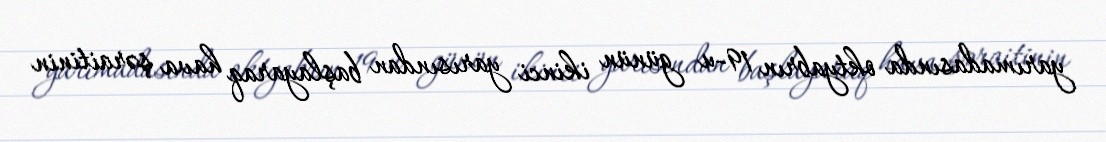
yarımadasında oktyabrın 19-u günün ikinci yarısından başlayaraq hava şəraitinin